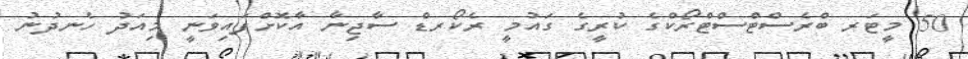
50 މީޓަރ ބްރެސްޓްސްޓްރޯކްގެ ކުރީގެ ގައުމީ ރެކޯރޑް ސާޖިނާ އާކޮށްފައިވަނީ މިއަދު ހެނދުނު